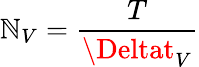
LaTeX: \mathbb{N}_{V}=\frac{{T}}{{\Deltat_{V}}}